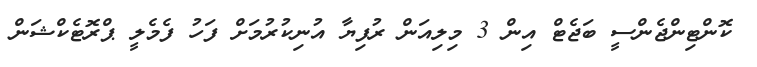
ކޮންޓިންޖެންސީ ބަޖެޓް އިން 3 މިލިއަން ރުފިޔާ އުނިކުރުމަށް ފަހު ފެމެލީ ޕްރޮޓެކްޝަން